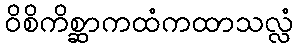
ဝိစိကိစ္ဆာကထံကထာသလ္လံ